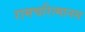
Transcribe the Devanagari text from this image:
रामचरित्मानस